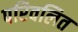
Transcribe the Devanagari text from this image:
परिवलित